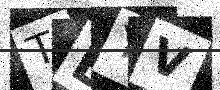
Text: TEYV